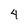
Character: 4